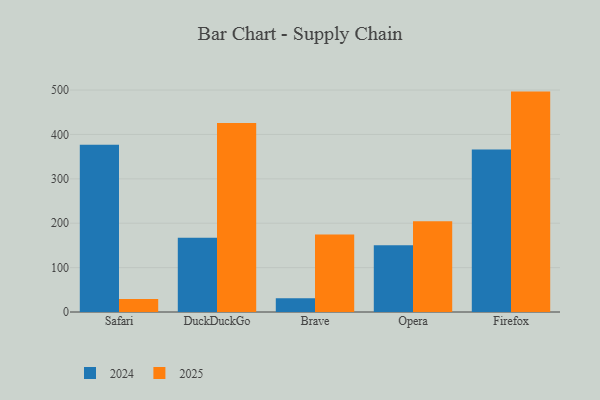
{"axis": {"x": "Browser", "y": "Temperature (°C)"}, "legend": ["2024", "2025"], "data": [{"x": "Safari", "y": 376.7, "type": "2024"}, {"x": "Safari", "y": 29.3, "type": "2025"}, {"x": "DuckDuckGo", "y": 167.4, "type": "2024"}, {"x": "DuckDuckGo", "y": 426.0, "type": "2025"}, {"x": "Brave", "y": 31.2, "type": "2024"}, {"x": "Brave", "y": 174.4, "type": "2025"}, {"x": "Opera", "y": 150.6, "type": "2024"}, {"x": "Opera", "y": 204.4, "type": "2025"}, {"x": "Firefox", "y": 366.3, "type": "2024"}, {"x": "Firefox", "y": 496.5, "type": "2025"}]}